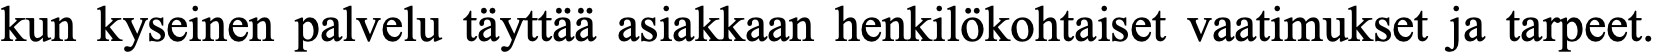
kun kyseinen palvelu täyttää asiakkaan henkilökohtaiset vaatimukset ja tarpeet.